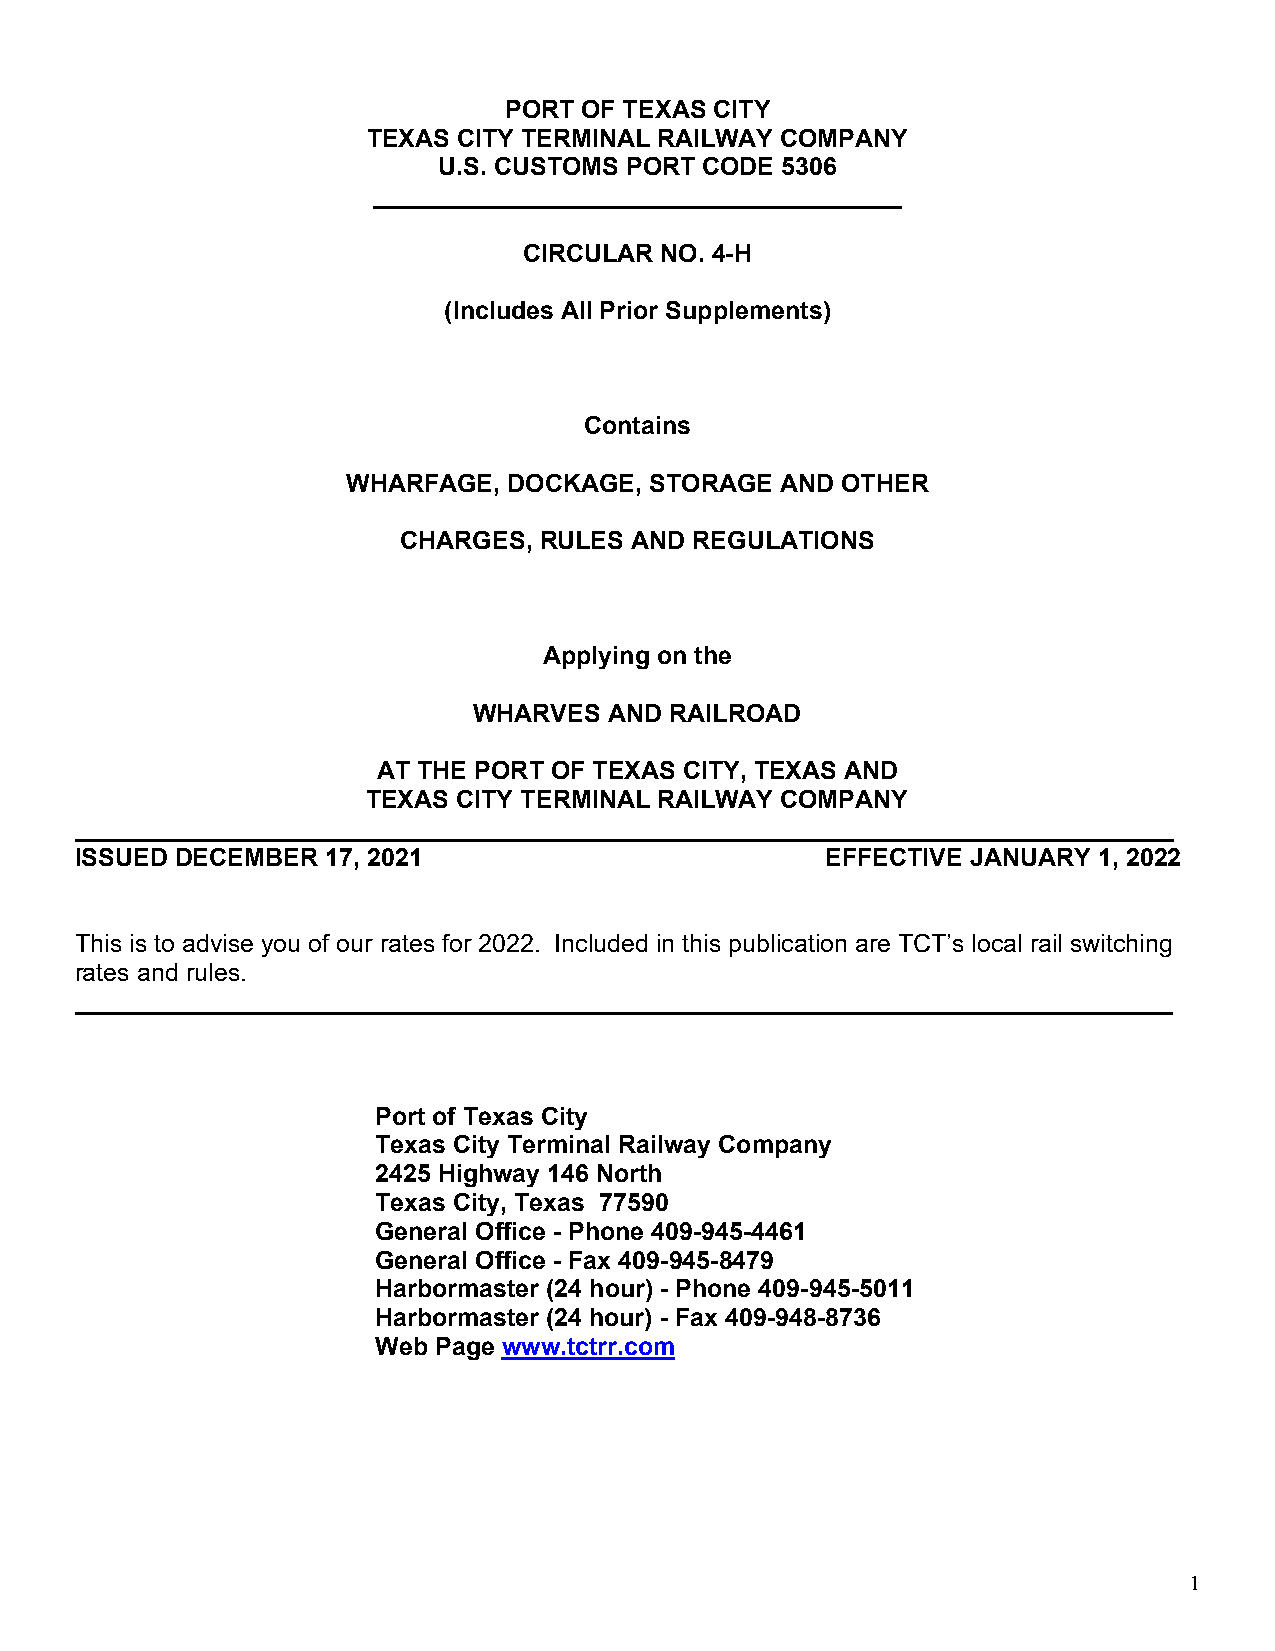
PORT OF TEXAS CITY
 TEXAS CITY TERMINAL RAILWAY COMPANY
 U.S. CUSTOMS PORT CODE 5306
 ______________________________________
 CIRCULAR NO. 4-H
 (Includes All Prior Supplements)
 Contains
 WHARFAGE,  DOCKAGE, STORAGE  AND OTHER
 CHARGES, RULES AND REGULATIONS
 Applying on the
 WHARVES  AND RAILROAD
 AT THE PORT OF TEXAS CITY, TEXAS AND
 TEXAS CITY TERMINAL RAILWAY COMPANY
 _______________________________________________________________________________
 ISSUED DECEMBER  17, 2021                         EFFECTIVE JANUARY 1, 2022
 This is to advise you of our rates for 2022. Included in this publication are TCT’s local rail switching
 rates and rules.
 _______________________________________________________________________________
 Port of Texas City
 Texas City Terminal Railway Company
 2425 Highway 146 North
 Texas City, Texas 77590
 General Office - Phone 409-945-4461
 General Office - Fax 409-945-8479
 Harbormaster (24 hour) - Phone 409-945-5011
 Harbormaster (24 hour) - Fax 409-948-8736
 Web Page www.tctrr.com
 1